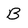
Character: B